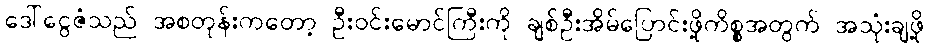
ဒေါ်ငွေဇံသည် အစတုန်းကတော့ ဦးဝင်းမောင်ကြီးကို ချစ်ဦးအိမ်ပြောင်းဖို့ကိစ္စအတွက် အသုံးချဖို့